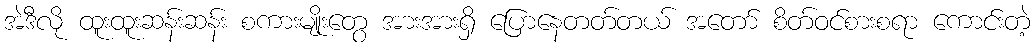
အဲဒီလို ထူးထူးဆန်းဆန်း စကားမျိုးတွေ အားအားရှိ ပြောနေတတ်တယ် အတော် စိတ်ဝင်စားစရာ ကောင်းတဲ့